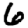
Digit: 6